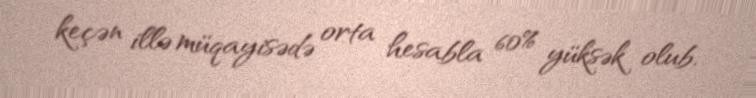
keçən illə müqayisədə orta hesabla 60% yüksək olub.